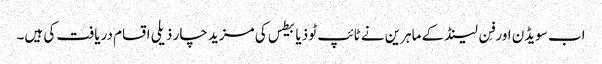
اب سویڈن اور فِن لینڈ کے ماہرین نے ٹائپ ٹو ذیابیطس کی مزید چار ذیلی اقسام دریافت کی ہیں۔